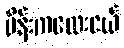
မိန်းကလေးငယ်